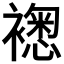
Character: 𧝮